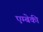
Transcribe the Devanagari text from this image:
एम्बेकी